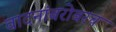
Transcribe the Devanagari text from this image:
वादनांबरोबरच